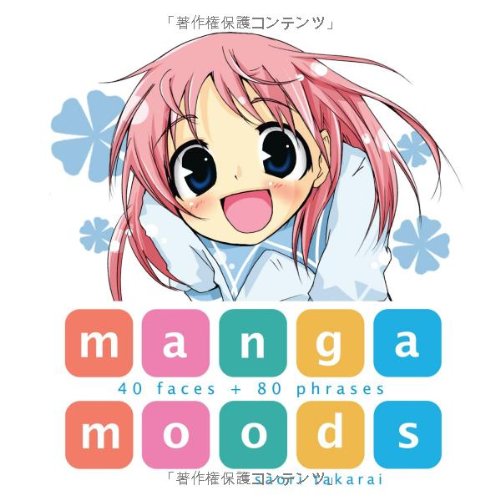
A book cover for Manga Moods: 40 Faces + 80 Phrases; Saori Takarai; Comics & Graphic Novels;